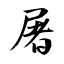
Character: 屠